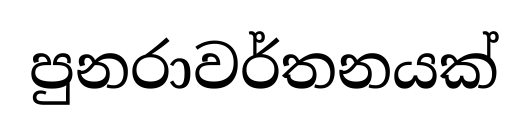
පුනරාවර්තනයක්